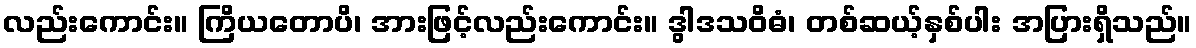
လည်းကောင်း။ ကြိယတောပိ၊ အားဖြင့်လည်းကောင်း။ ဒွါဒသဝိဓံ၊ တစ်ဆယ့်နှစ်ပါး အပြားရှိသည်။